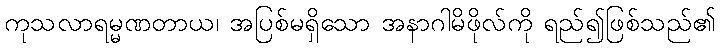
ကုသလာရမ္မဏတာယ၊ အပြစ်မရှိသော အနာဂါမိဖိုလ်ကို ရည်၍ဖြစ်သည်၏